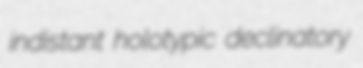
indistant holotypic declinatory